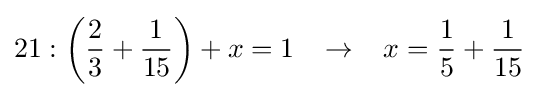
21:{\bigg (}{\frac {2}{3}}+{\frac {1}{15}}{\bigg )}+x=1\;\;\;\rightarrow \;\;\;x={\frac {1}{5}}+{\frac {1}{15}}